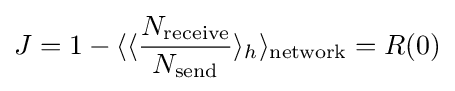
J=1-\langle \langle {\frac {N_{\text{receive}}}{N_{\text{send}}}}\rangle _{h}\rangle _{\text{network}}=R(0)